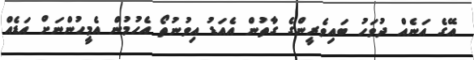
އޭގެ އަނެއް ދުވަހު ބައިވެރީންގެ ގާތުން އެއަޑު އިވުނުތޯ އެހުމުން އެމީހުންނަށް އަޑެއް